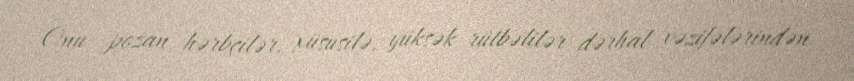
Onu pozan hərbçilər, xüsusilə, yüksək rütbəlilər dərhal vəzifələrindən